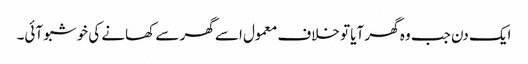
ایک دن جب وہ گھر آیا تو خلاف معمول اسے گھر سے کھانے کی خوشبو آئی۔